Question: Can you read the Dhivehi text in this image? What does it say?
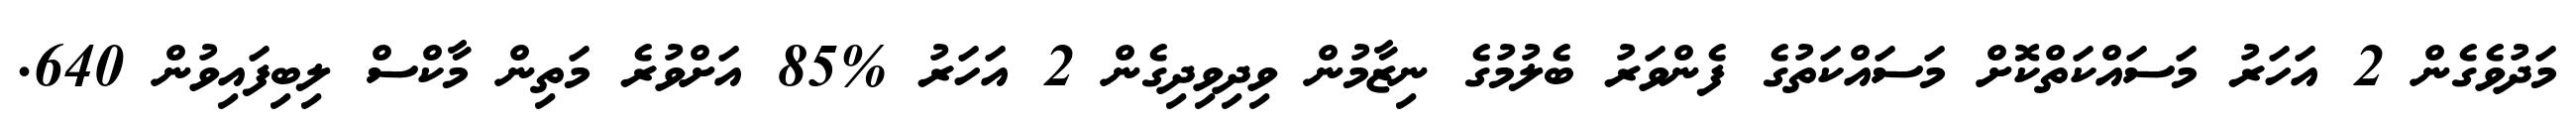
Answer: މަދުވެގެން 2 އަހަރު މަސައްކަތްކޮށް މަސައްކަތުގެ ފެންވަރު ބެލުމުގެ ނިޒާމުން ވިދިވިދިގެން 2 އަހަރު %85 އަށްވުރެ މަތިން މާކްސް ލިބިފައިވުން 640.